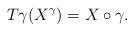
LaTeX: \begin{align*}T\gamma(X^{\gamma})=X\circ\gamma.\end{align*}